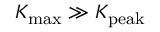
K _ { \mathrm { m a x } } \gg K _ { \mathrm { p e a k } }